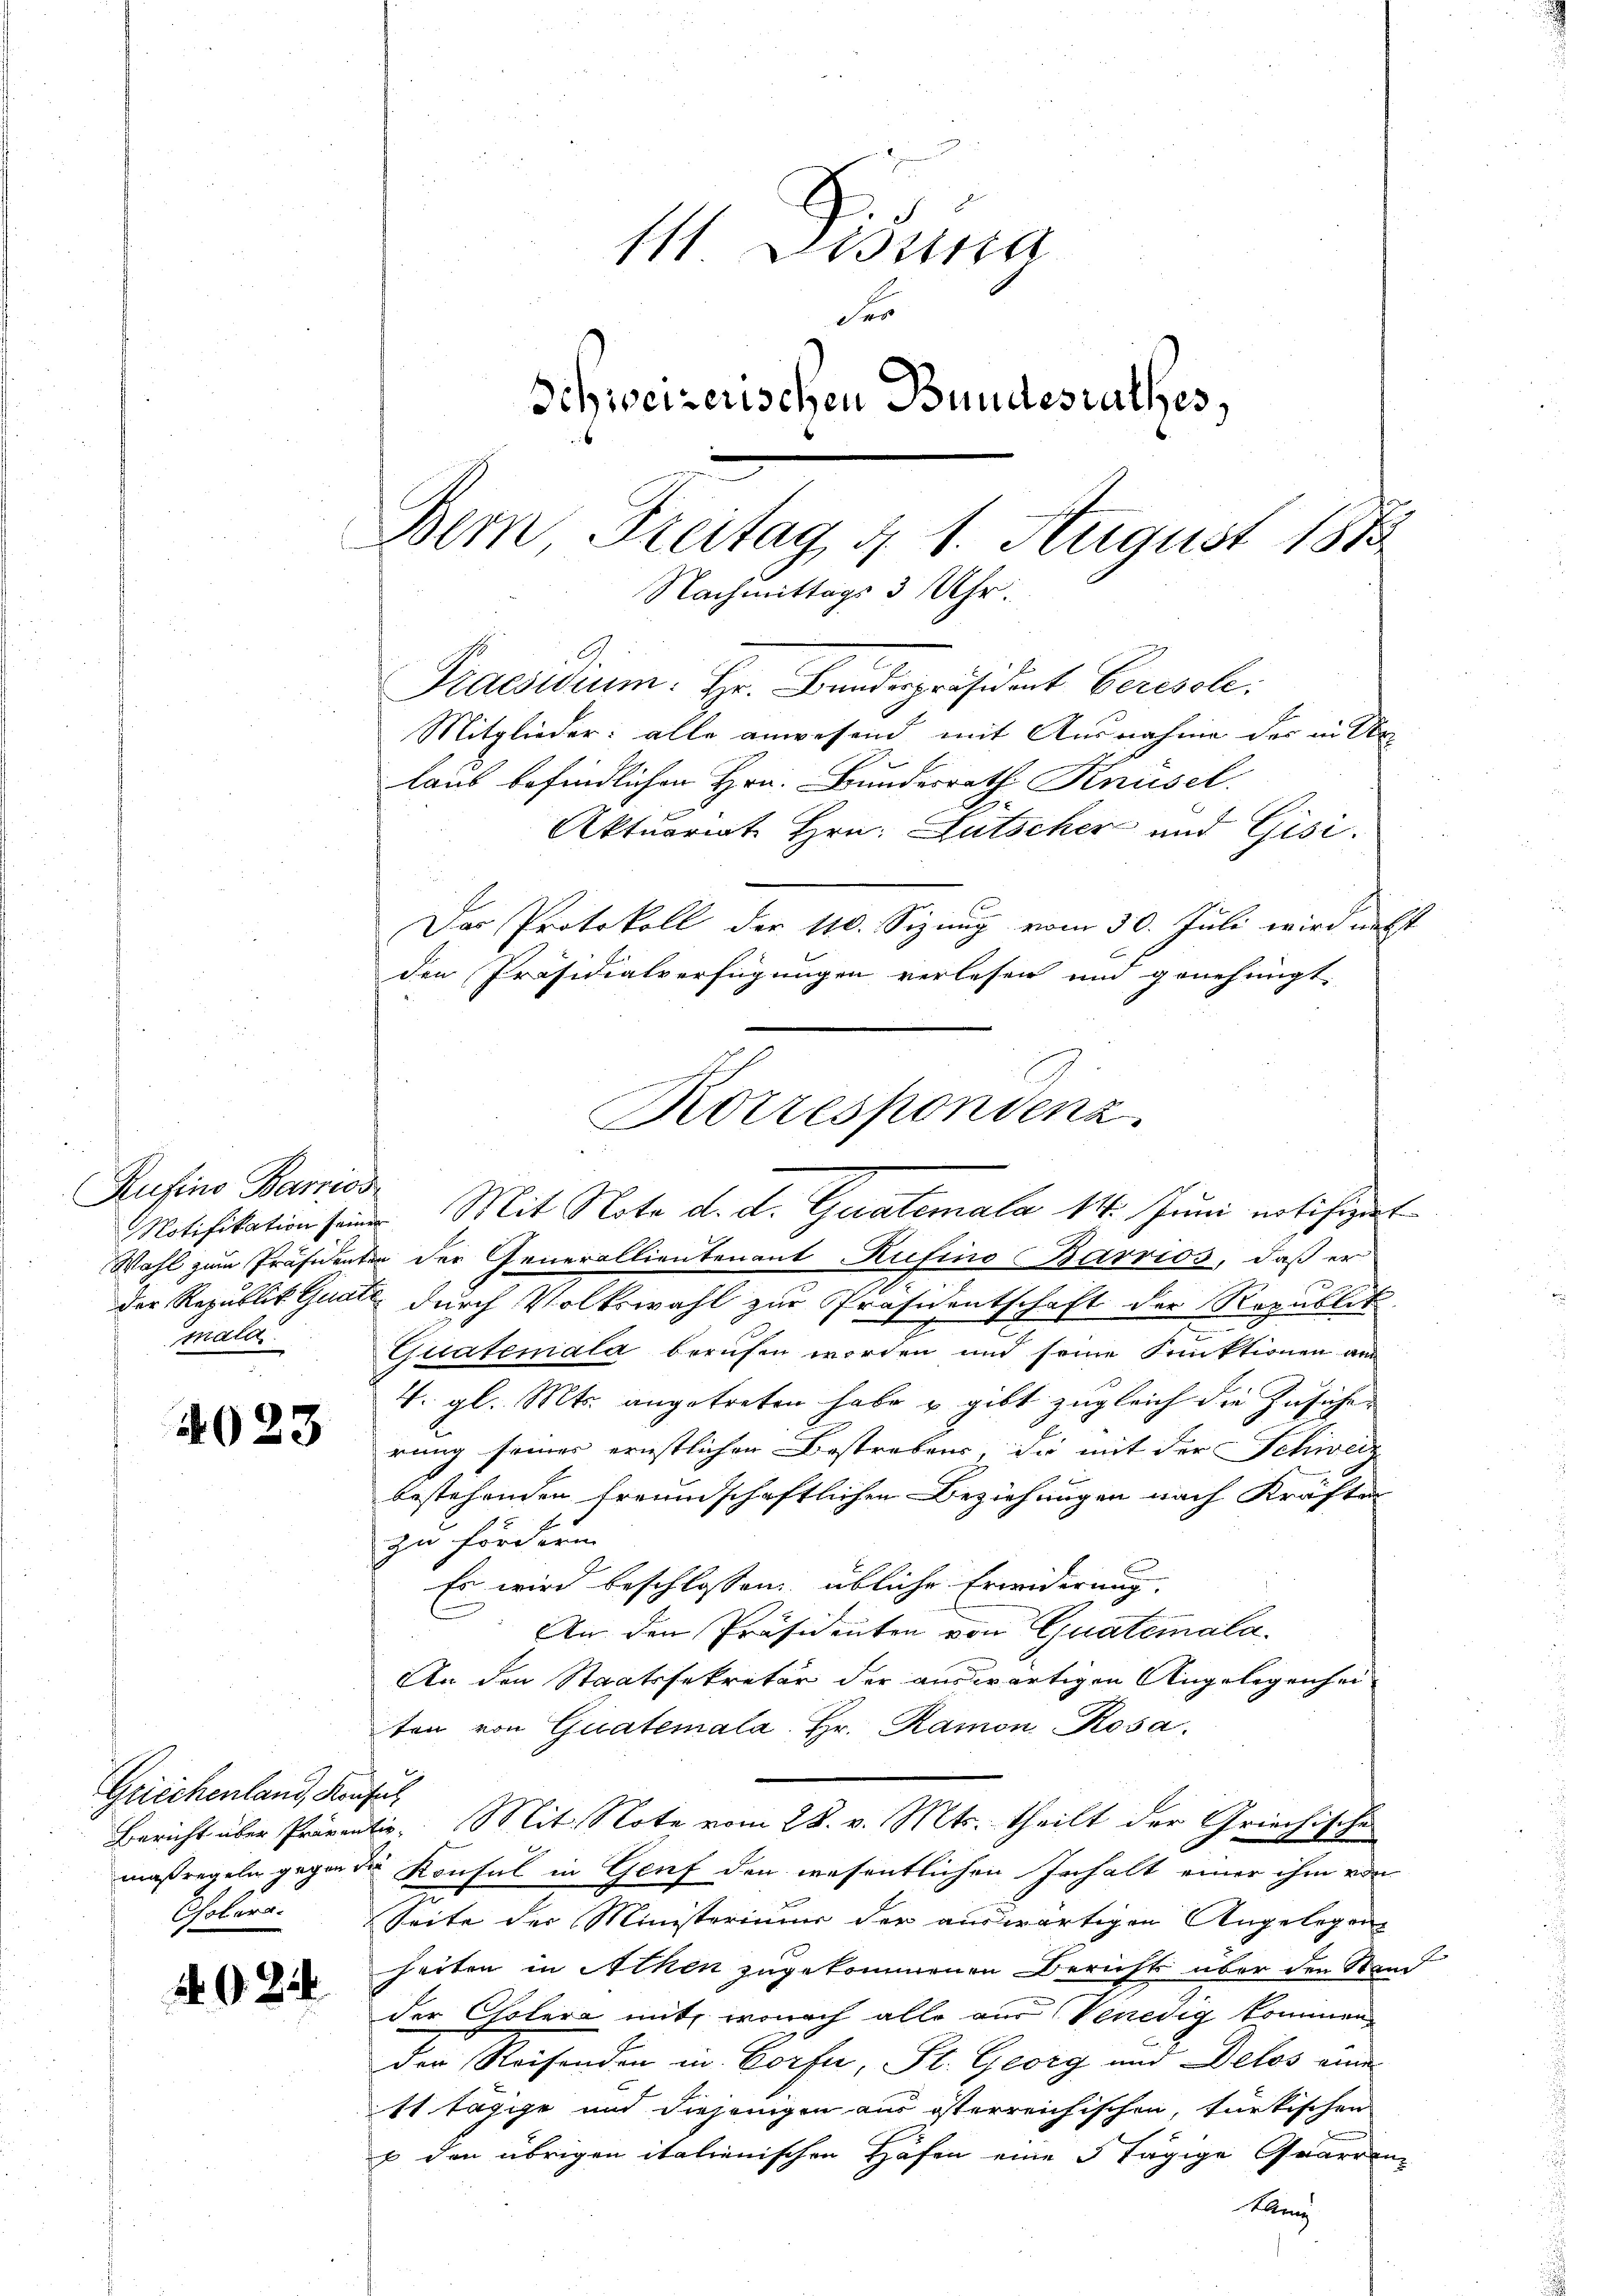
Rufino Barrios
malai

4023

Griechenland, Konsul
Cholera.

1924

1 Disena
der
Schweizerischen Bundesrathes,
Dem Freitag, § 1. August 188
Nachmittags 3 Uhr.
Praesidium. Hr. Bundespräsident Beresole:

Mitglieder: alle anwesend mit Ausnahme der in der
Korrespondenz.

laus befindlichen Hrn. Bundesrath Knüsel.
Aktuariat Hrn. Gutscher und Gisi
Das Protokoll der 110. Sizung vom 30. Juli wird nechst
den Präsidialverfügungen verlesen und genehmigt.

Motifikation seiner Mit Note d. d. Geralemala 14. Juni notifigent

Wahl zum Präsidenten der Generallientenant Rufino Barrios, daß er
der Republik Guate durch Volkswahl zur Präsidentschaft der Republik
Quatemala berufen worden und seine Funktionen am
4. gl. Mts. angetreten habe u gibt zugleich die Zusichen
rung seiner ernstlichen Bestrebens, die mit der Schiede
bestehenden freundschaftlichen Beziehungen nach Kräften
zu fördern.
Es wird beschlossen übliche Erwiderung.
An den Präsidenten von Quatimala.
An den Staatssekretär der auswärtigen Angelegenhei
ten von Giatemala. Hr. Ramon Rosa.
Bericht über Präventie. Mit Note vom 28. v. Mts. theilt der Griechische
maßregeln gegen die Konsul in Genf den wesentlichen Inhalt einer ihm von
Seite der Ministeriums der auswärtigen Angelegen-
heiten in Athen zugekommenen Bericht über den Stand
der Cholera mit, wonach alle aus Venedig kommen
der Reisenden in Corfer, St. Georg und Delos eine
11 tägige und diejenigen aus österreichischen, türkischen
x den übrigen italienischen Höfen eine 5 tägige Guarren
Kann